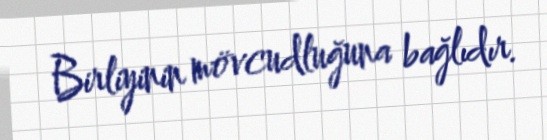
Birliyinin mövcudluğuna bağlıdır.